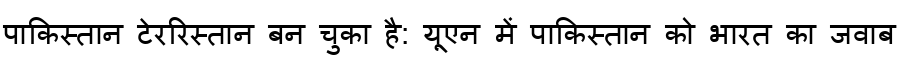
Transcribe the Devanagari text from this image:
पाकिस्तान टेररिस्तान बन चुका है: यूएन में पाकिस्तान को भारत का जवाब